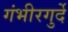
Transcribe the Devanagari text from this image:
गंभीरगुर्दे